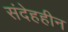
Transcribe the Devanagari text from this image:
संदेहहीन